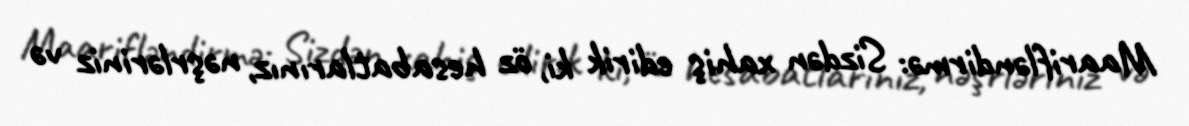
Maarifləndirmə: Sizdən xahiş edirik ki, öz hesabatlarınız, nəşrləriniz və